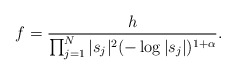
\begin{align*}f= \frac{h}{\prod_{j=1}^N \vert s_j\vert^2 (-\log \vert s_j\vert)^{1+\alpha}}.\end{align*}